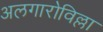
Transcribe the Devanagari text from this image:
अलगारोविल्ला